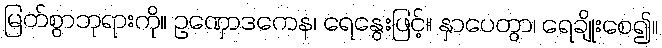
မြတ်စွာဘုရားကို။ ဥဏှောဒကေန၊ ရေနွေးဖြင့်။ နှာပေတွာ၊ ရေချိုးစေ၍။